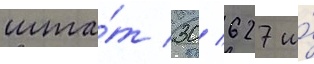
шта́т 30/ 627 и́